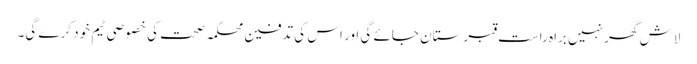
لاش گھر نہیں براہ راست قبرستان جائے گی اور اس کی تدفین محکمہ صحت کی خصوصی ٹیم خود کرے گی۔